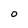
Character: 0